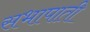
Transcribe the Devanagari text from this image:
सभापाती